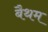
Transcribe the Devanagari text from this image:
बैथम